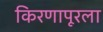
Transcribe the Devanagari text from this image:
किरणापूरला